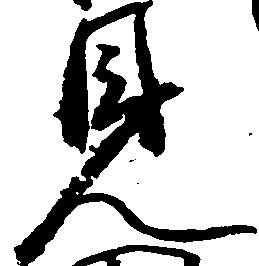
見